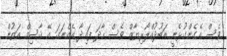
ވެސް އެގެންގުޅެނީ އަބުދުއްލޯރިޔާޒް ވެސް ހާދަ ފައިދާ އެއްނަގަ އޭ ޤާސިމް އަތުން